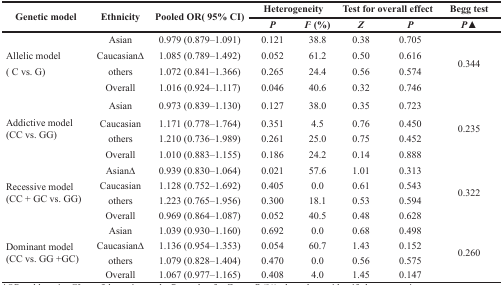
<table><thead><tr><td rowspan="2"><b>Genetic model</b></td><td rowspan="2"><b>Ethnicity</b></td><td rowspan="2"><b>Pooled OR( 95% CI)</b></td><td colspan="2"><b>Heterogeneity</b></td><td colspan="2"><b>Test for overall effect</b></td><td><b>Begg test</b></td></tr><tr><td><b><i>P</i></b></td><td><b><i>I</i><sup>2</sup> (%)</b></td><td><b><i>Z</i></b></td><td><b><i>P</i></b></td><td><b><i>P</i>▲</b></td></tr></thead><tbody><tr><td rowspan="4">Allelic model ( C vs. G)</td><td>Asian</td><td>0.979 (0.879–1.091)</td><td>0.121</td><td>38.8</td><td>0.38</td><td>0.705</td><td rowspan="4">0.344</td></tr><tr><td>CaucasianΔ</td><td>1.085 (0.789–1.492)</td><td>0.052</td><td>61.2</td><td>0.50</td><td>0.616</td></tr><tr><td>others</td><td>1.072 (0.841–1.366)</td><td>0.265</td><td>24.4</td><td>0.56</td><td>0.574</td></tr><tr><td>Overall</td><td>1.016 (0.924–1.117)</td><td>0.046</td><td>40.6</td><td>0.32</td><td>0.746</td></tr><tr><td rowspan="4">Addictive model (CC vs. GG)</td><td>Asian</td><td>0.973 (0.839–1.130)</td><td>0.127</td><td>38.0</td><td>0.35</td><td>0.723</td><td rowspan="4">0.235</td></tr><tr><td>Caucasian</td><td>1.171 (0.778–1.764)</td><td>0.351</td><td>4.5</td><td>0.76</td><td>0.450</td></tr><tr><td>others</td><td>1.210 (0.736–1.989)</td><td>0.261</td><td>25.0</td><td>0.75</td><td>0.452</td></tr><tr><td>Overall</td><td>1.010 (0.883–1.155)</td><td>0.186</td><td>24.2</td><td>0.14</td><td>0.888</td></tr><tr><td rowspan="4">Recessive model (CC + GC vs. GG)</td><td>AsianΔ</td><td>0.939 (0.830–1.064)</td><td>0.021</td><td>57.6</td><td>1.01</td><td>0.313</td><td rowspan="4">0.322</td></tr><tr><td>Caucasian</td><td>1.128 (0.752–1.692)</td><td>0.405</td><td>0.0</td><td>0.61</td><td>0.543</td></tr><tr><td>others</td><td>1.223 (0.765–1.956)</td><td>0.300</td><td>18.1</td><td>0.53</td><td>0.594</td></tr><tr><td>Overall</td><td>0.969 (0.864–1.087)</td><td>0.052</td><td>40.5</td><td>0.48</td><td>0.628</td></tr><tr><td rowspan="4">Dominant model (CC vs. GG +GC)</td><td>Asian</td><td>1.039 (0.930–1.160)</td><td>0.692</td><td>0.0</td><td>0.68</td><td>0.498</td><td rowspan="4">0.260</td></tr><tr><td>CaucasianΔ</td><td>1.136 (0.954–1.353)</td><td>0.054</td><td>60.7</td><td>1.43</td><td>0.152</td></tr><tr><td>others</td><td>1.079 (0.828–1.404)</td><td>0.470</td><td>0.0</td><td>0.56</td><td>0.575</td></tr><tr><td>Overall</td><td>1.067 (0.977–1.165)</td><td>0.408</td><td>4.0</td><td>1.45</td><td>0.147</td></tr></tbody></table>